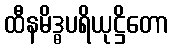
ထီနမိဒ္ဓပရိယုဋ္ဌိတော